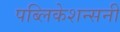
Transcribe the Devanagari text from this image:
पब्लिकेशन्सनी